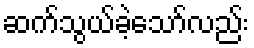
ဆက်သွယ်ခဲ့သော်လည်း